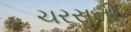
ચરસની